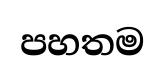
පහතම